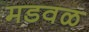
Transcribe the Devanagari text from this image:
मडवळ